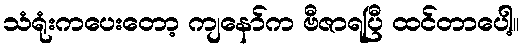
သံရုံးကပေးတော့ ကျနော်က ဗီဇာရပြီ ထင်တာပေါ့။